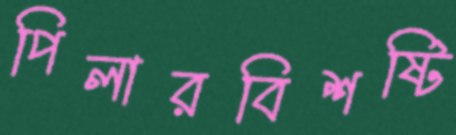
পিলারবিশষ্টি